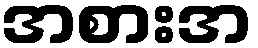
အစားအ